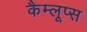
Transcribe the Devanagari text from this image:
कैम्लूप्स